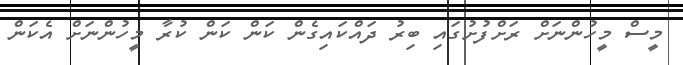
މީސް މީހުންނަށް ރަށްފުށުގައި ބިރު ދައްކައިގެން ކަން ކަން ކުރާ މީހުންނަށް އެކަން